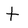
Character: t